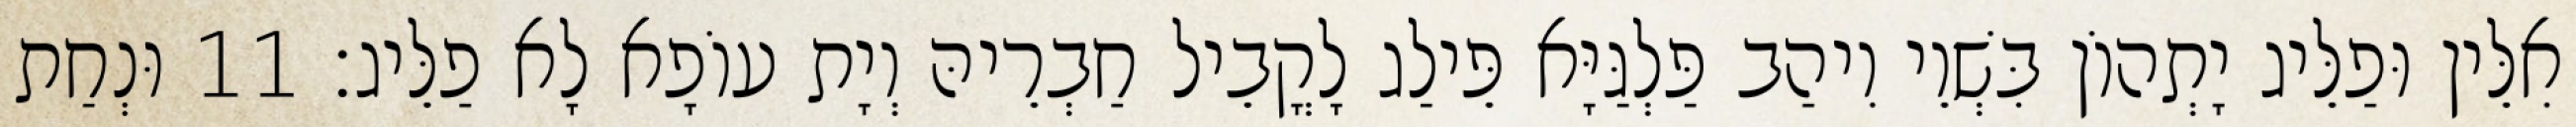
אִלֵּין וּפַלֵּיג יָתְהוֹן בִּשְׁוֵי וִיהַב פַּלְגַּיָּא פֵּילַג לָקֳבֵיל חַבְרֵיהּ וְיָת עוֹפָא לָא פַלֵּיג׃ 11 וּנְחַת